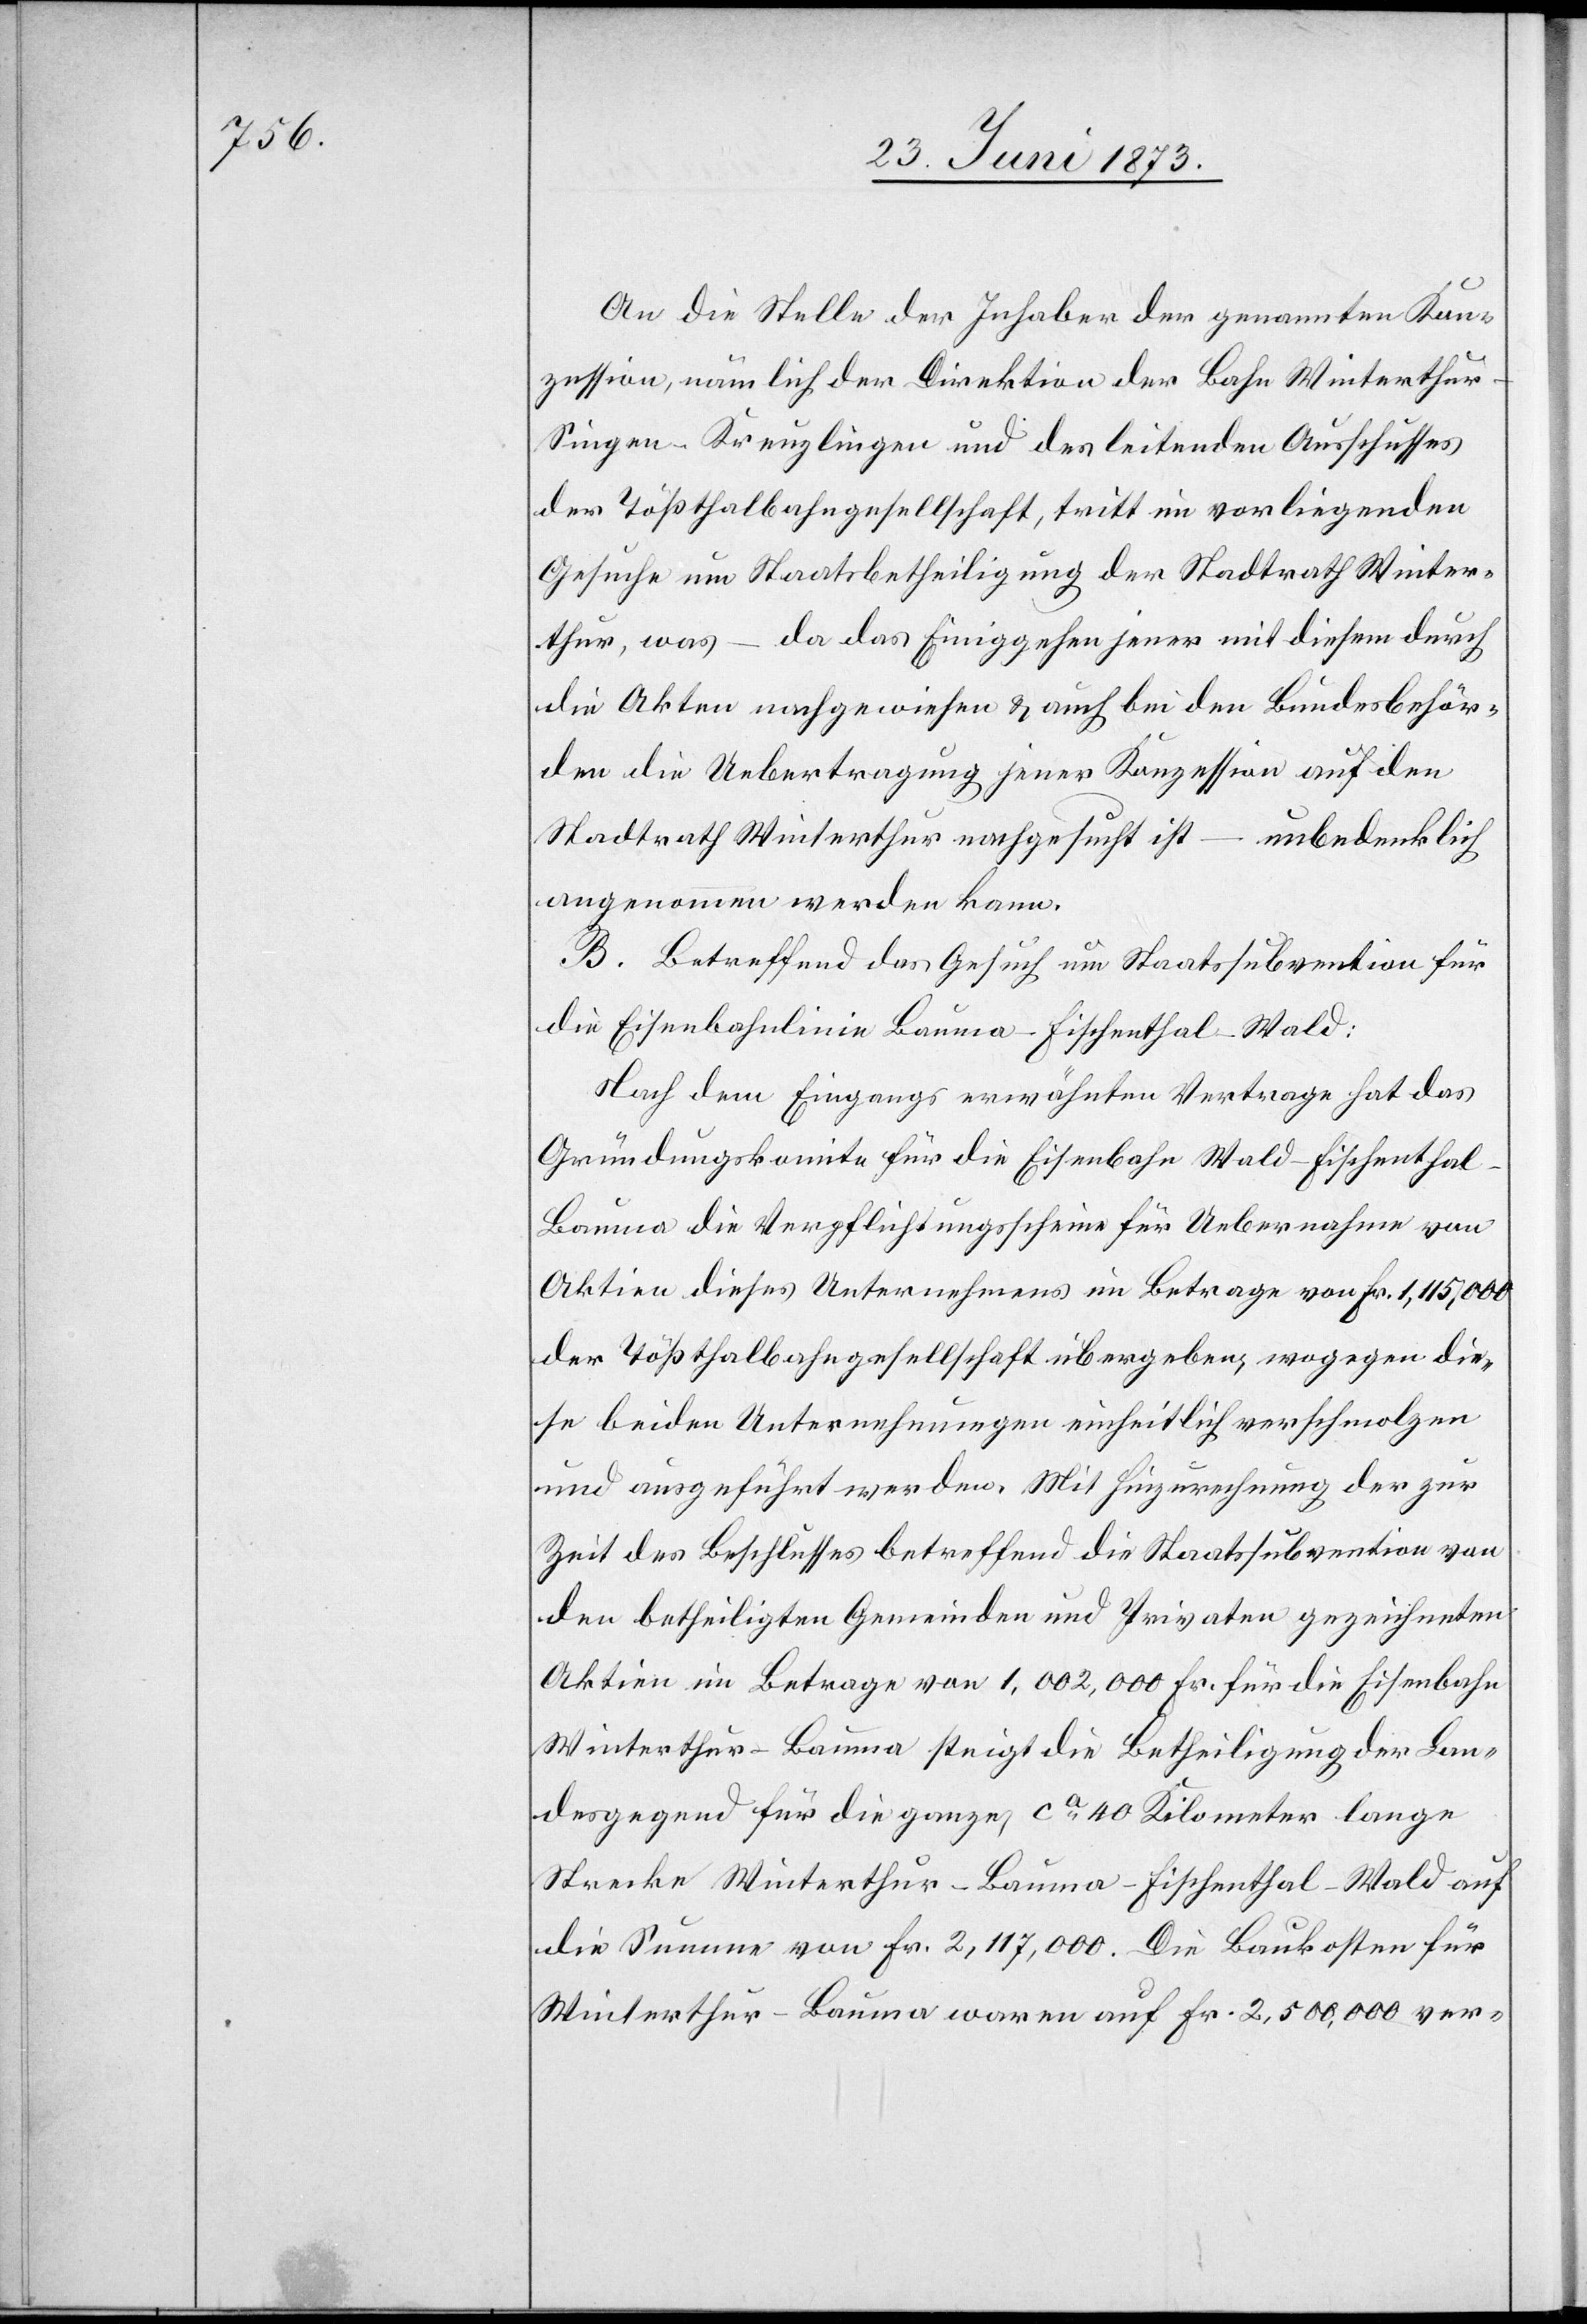
An die Stelle der Inhaber der genannten Kon¬
zession, nämlich der Direktion der Bahn Winterthur–S¬
ingen–Kreuzlingen und des leitenden Ausschusses
der Tößthalbahngesellschaft, tritt im vorliegenden
Gesuche um Staatsbetheiligung der Stadtrath Winter¬
thur, was – da das Einiggehen jener mit diesem durch
die Akten nachgewiesen & auch bei den Bundesbehör¬
den die Uebertragung jener Konzession auf den
Stadtrath Winterthur nachgesucht ist – unbedenklich
angenommen werden kann.
B. Betreffend das Gesuch um Staatssubvention für
die Eisenbahnlinie Bauma–Fischenthal–Wald:
Nach dem Eingangs erwähnten Vertrage hat das
Gründungskomite für die Eisenbahn Wald–Fischenthal–B¬
auma die Verpflichtungsscheine für Uebernahme von
Aktien dieses Unternehmens im Betrage von Fr. 1,115,000
der Tößthalbahngesellschaft übergeben, wogegen die¬
se beiden Unternehmungen einheitlich verschmolzen
und ausgeführt werden. Mit Hinzurechnung der zur
Zeit des Beschlusses betreffend die Staatssubvention von
den betheiligten Gemeinden und Privaten gezeichneten
Aktien im Betrage von 1,002,000 Fr. für die Eisenbahn
Winterthur–Bauma steigt die Betheiligung der Lan¬
desgegend für die ganze, ca 40 Kilometer lange
Strecke Winterthur–Bauma–Fischenthal–Wald auf
die Summe von Fr. 2,117,000. Die Baukosten für
Winterthur–Bauma waren auf Fr. 2,500,000 ver-